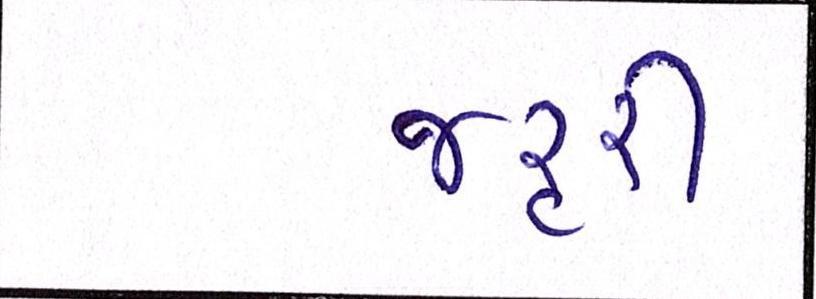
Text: જરૃરી